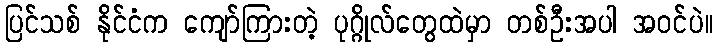
ပြင်သစ် နိုင်ငံက ကျော်ကြားတဲ့ ပုဂ္ဂိုလ်တွေထဲမှာ တစ်ဦးအပါ အဝင်ပဲ။